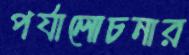
পর্যালোচনার